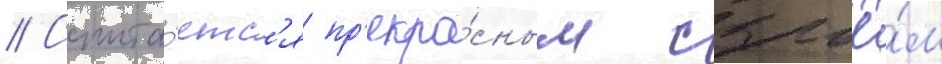
// Счита́етс'я пр'екра́сным сырьё́м